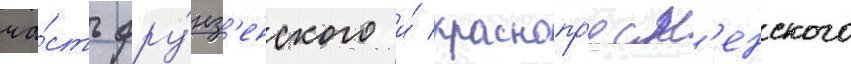
ча́сть фру́нз'енского и́ краснопр'есн'енского